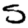
Digit: 5